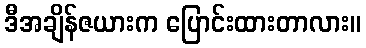
ဒီအချိန်ဇယားက ပြောင်းထားတာလား။